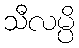
သီလမ္ပိ